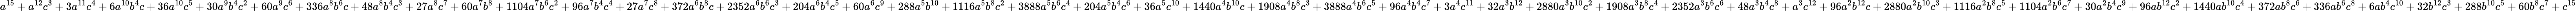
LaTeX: a^{15}+a^{12}c^{3}+3a^{11}c^{4}+6a^{10}b^{4}c+36a^{10}c^{5}+30a^{9}b^{4}c^{2}+60a^{9}c^{6}+336a^{8}b^{6}c+48a^{8}b^{4}c^{3}+27a^{8}c^{7}+60a^{7}b^{8}+1104a^{7}b^{6}c^{2}+96a^{7}b^{4}c^{4}+27a^{7}c^{8}+372a^{6}b^{8}c+2352a^{6}b^{6}c^{3}+204a^{6}b^{4}c^{5}+60a^{6}c^{9}+288a^{5}b^{10}+1116a^{5}b^{8}c^{2}+3888a^{5}b^{6}c^{4}+204a^{5}b^{4}c^{6}+36a^{5}c^{10}+1440a^{4}b^{10}c+1908a^{4}b^{8}c^{3}+3888a^{4}b^{6}c^{5}+96a^{4}b^{4}c^{7}+3a^{4}c^{11}+32a^{3}b^{12}+2880a^{3}b^{10}c^{2}+1908a^{3}b^{8}c^{4}+2352a^{3}b^{6}c^{6}+48a^{3}b^{4}c^{8}+a^{3}c^{12}+96a^{2}b^{12}c+2880a^{2}b^{10}c^{3}+1116a^{2}b^{8}c^{5}+1104a^{2}b^{6}c^{7}+30a^{2}b^{4}c^{9}+96ab^{12}c^{2}+1440ab^{10}c^{4}+372ab^{8}c^{6}+336ab^{6}c^{8}+6ab^{4}c^{10}+32b^{12}c^{3}+288b^{10}c^{5}+60b^{8}c^{7}+c^{15}